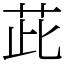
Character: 茈